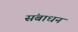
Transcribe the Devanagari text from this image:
संबाधन